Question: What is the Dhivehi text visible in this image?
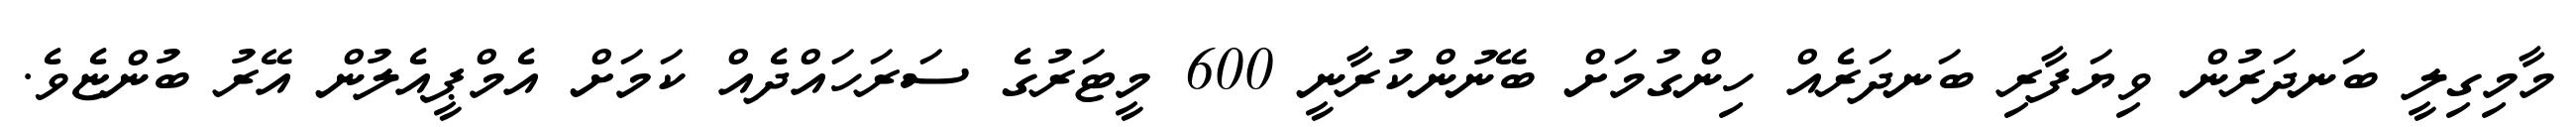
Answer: މާމިގިލީ ބަނދަރުން ވިޔަފާރި ބަނދަރެއް ހިންގުމަށް ބޭނުންކުރާނީ 600 މީޓަރުގެ ސަރަހައްދެއް ކަމަށް އެމްޕީއެލުން އޭރު ބުންޏެވެ.